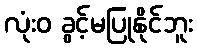
လုံးဝ ခွင့်မပြုနိုင်ဘူး